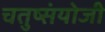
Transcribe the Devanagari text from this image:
चतुष्संयोजी